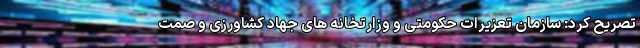
تصریح کرد: سازمان تعزیرات حکومتی و وزارتخانه های جهاد کشاورزی و صمت